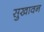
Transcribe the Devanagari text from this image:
सुखावन